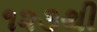
૧૨૩થી